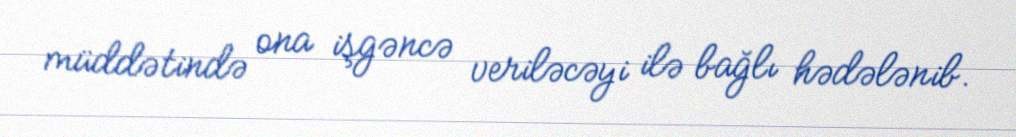
müddətində ona işgəncə veriləcəyi ilə bağlı hədələnib.